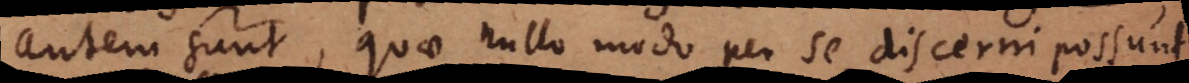
autem sunt, quae nullo modo per se discerni possunt